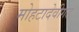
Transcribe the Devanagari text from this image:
मोहटादेवीगड